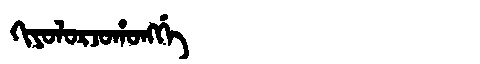
Manchu: ᡴᡳᠶᠣᠯᠣᡵᠵᠣᡥᠣᠩᡤᡝ
Romanization: KIYOLORJOHONGGE